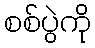
စစ်ပွဲကို